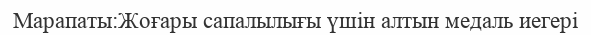
Марапаты:Жоғары сапалылығы үшін алтын медаль иегері